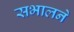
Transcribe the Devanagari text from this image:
सभालने